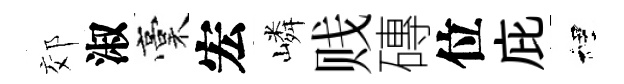
郊淑稾宏嶙贱磚位庇裡